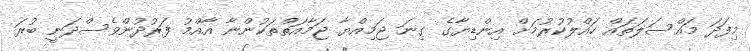
މިފަދަ މައްސަލަތައް ހައްލުކުރުމަށް އިންޑިޔާގެ ގިނަ ޖަމިއްޔާ ޖަމާއަތްތަކުންނާ އާއްމު ފަރުދުންވެސްދަނީ ބުރަ